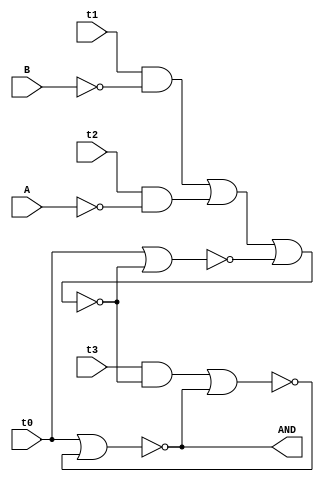
`timescale 1ns / 1ps
//////////////////////////////////////////////////////////////////////////////////
// Designer Name:Hiral Barot 
// Module Name: main_and
//////////////////////////////////////////////////////////////////////////////////
module main_and(output  AND, input wire A,B,t0,t1,t2,t3);
              
wire Abar,Bbar;
wire p1,p2,p3,p4,Y,Ybar,X,Xbar;
not x1(Abar, A);                
not x2(Bbar, B);                

and x3(p1,t1,Bbar);  
and x4(p2,t2,Abar);  
or x5(p3,p1,p2);     

nor (X,t0,Xbar);
nor (Xbar, p3,X);

and x6(p4,t3,Xbar);

nor (Y,t0,Ybar);
nor (Ybar,p4,Y);
 
assign AND=Y;
endmodule